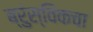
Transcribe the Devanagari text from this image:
ब्रुंस्विकचा